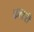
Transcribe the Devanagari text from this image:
कल्हरी